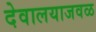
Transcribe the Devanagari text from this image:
देवालयाजवळ